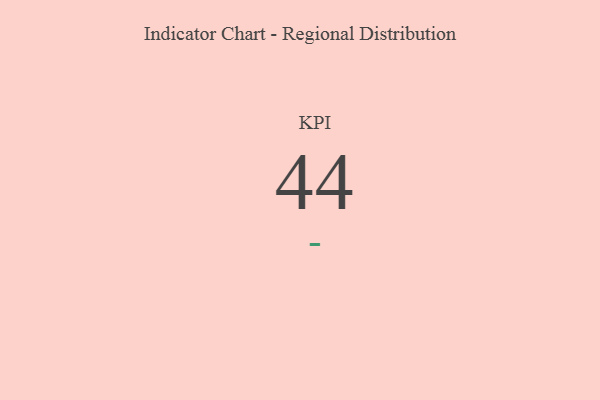
{"axis": {"x": "KPI", "y": "Value"}, "legend": [""], "data": [{"x": "KPI", "y": 44, "type": ""}]}